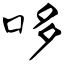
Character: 哆